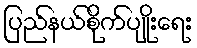
ပြည်နယ်စိုက်ပျိုးရေး